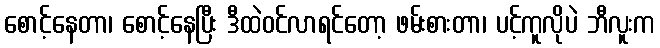
စောင့်နေတာ၊ စောင့်နေပြီး ဒီထဲဝင်လာရင်တော့ ဖမ်းစားတာ၊ ပင့်ကူလိုပဲ ဘီလူးက